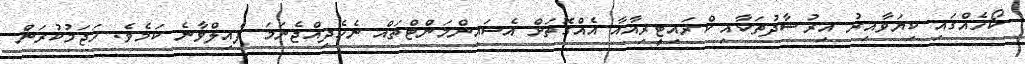
ކޯހެއްގައި ކިޔަވާއިރު އިރުޝާދުތަކާއި ކްރައިޓީރިއާއާ އެއްގޮތަށް އެސައިންމަންޓްތައް ނެހެދިއްޖެނަމަ ފެއިލްވާނެ ކަމެވެ. ހަޖަމުކުރަން